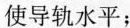
使导轨水平；